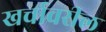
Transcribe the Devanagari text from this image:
खर्चावरील